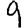
Digit: 9